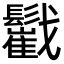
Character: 𩯷